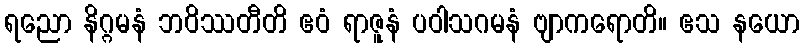
ရညော နိဂ္ဂမနံ ဘဝိဿတီတိ ဧဝံ ရာဇူနံ ပဝါသဂမနံ ဗျာကရောတိ။ ဧသ နယော